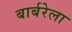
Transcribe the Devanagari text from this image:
बार्बरेला